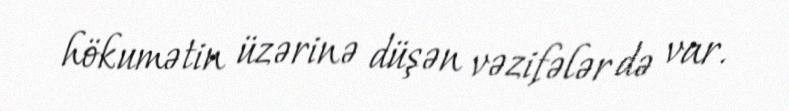
hökumətin üzərinə düşən vəzifələr də var.